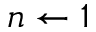
n \leftarrow 1